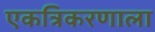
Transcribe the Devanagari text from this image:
एकत्रिकरणाला